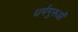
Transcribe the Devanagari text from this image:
धर्मगुरूओं